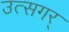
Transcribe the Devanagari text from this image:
उत्सगर्